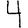
Digit: 4